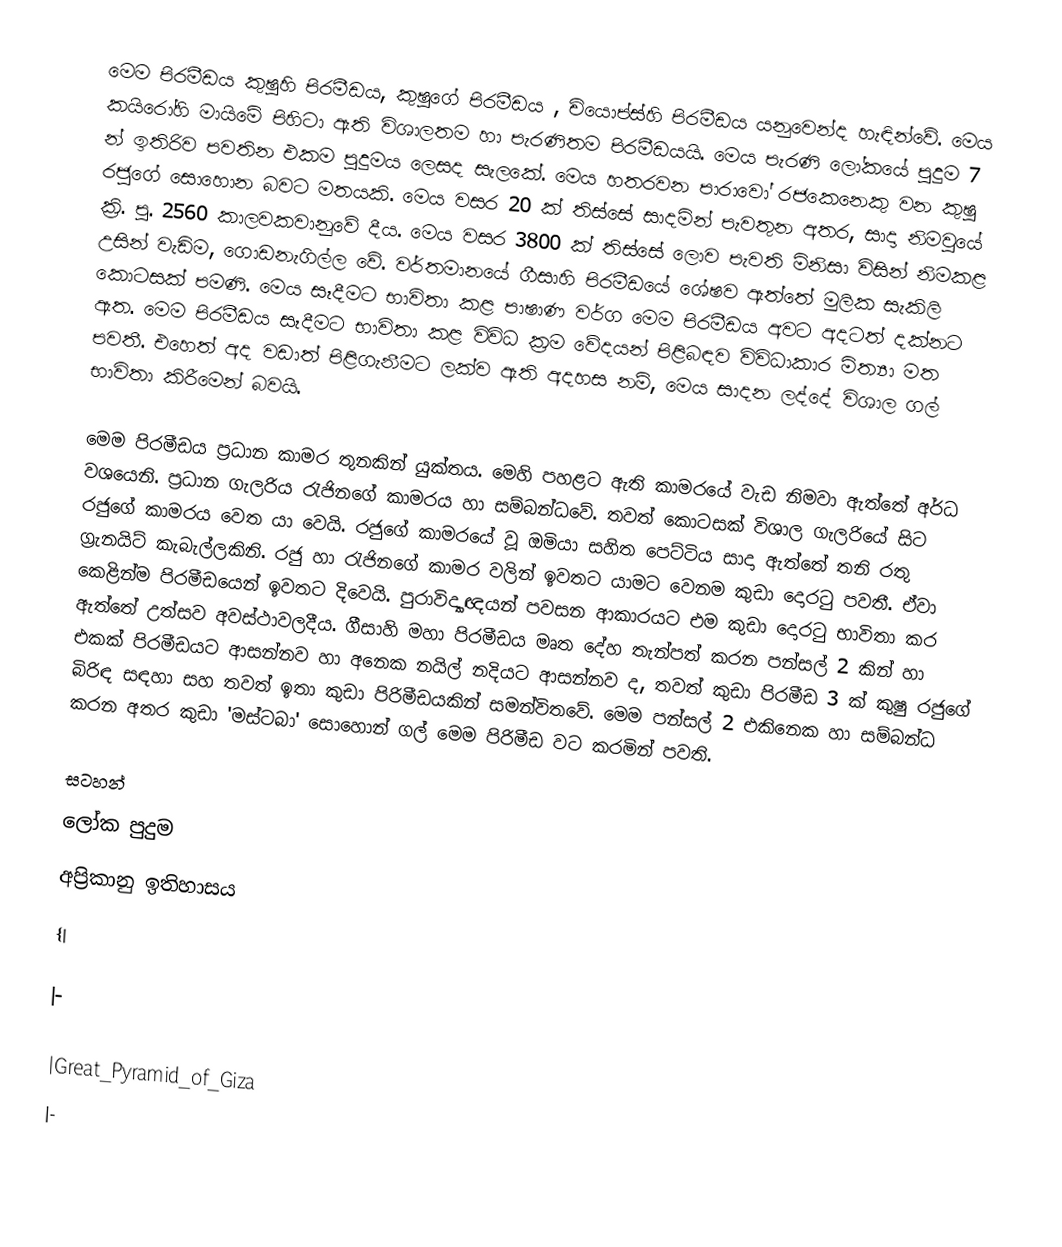
මෙම පිරමීඩය කුෂුහි පිරමීඩය, කුෂුගේ පිරමීඩය , චියොප්ස්හි පිරමීඩය යනුවෙන්ද හැඳින්වේ. මෙය කයිරෝහි මායිමේ පිහිටා ඇති විශාලතම හා පැරණිතම පිරමීඩයයි. මෙය පැරණි ලෝකයේ පුදුම 7 න් ඉතිරිව පවතින එකම පුදුමය ලෙසද සැලකේ. මෙය හතරවන පාරාවෝ රජකෙනෙකු වන කුෂු රජුගේ සොහොන බවට මතයකි. මෙය වසර 20 ක් තිස්සේ සාදමින් පැවතුන අතර, සාදා නිමවුයේ ක්‍රි. පු. 2560 කාලවකවානුවේ දීය. මෙය වසර 3800 ක් තිස්සේ ලොව පැවති මිනිසා විසින් නිමකළ උසින් වැඩිම, ගොඩනැගිල්ල වේ. වර්තමානයේ ගීසාහි පිරමීඩයේ ශේෂව ඇත්තේ මුලික සැකිලි කොටසක් පමණි. මෙය සෑදීමට භාවිතා කළ පාෂාණ වර්ග මෙම පිරමීඩය අවට අදටත් දක්නට ඇත. මෙම පිරමීඩය සෑදීමට භාවිතා කළ විවිධ ක්‍රම වේදයන් පිළිබඳව විවිධාකාර මිත්‍යා මත පවතී.  එහෙත්  අද වඩාත් පිළිගැනීමට ලක්ව ඇති අදහස නම්, මෙය සාදන ලද්දේ විශාල ගල් භාවිතා කිරීමෙන් බවයි.

මෙම පිරමීඩය ප්‍රධාන කාමර තුනකින් යුක්තය. මෙහි පහළට ඇති කාමරයේ වැඩ නිමවා ඇත්තේ අර්ධ වශයෙනි. ප්‍රධාන ගැලරිය රැජිනගේ කාමරය හා සම්බන්ධවේ. තවත් කොටසක් විශාල ගැලරියේ සිට රජුගේ කාමරය වෙත යා වෙයි. රජුගේ කාමරයේ වූ ඔමියා සහිත පෙට්ටිය සාදා ඇත්තේ  තනි රතු ග්‍රැනයිට් කැබැල්ලකිනි. රජු හා රැජිනගේ කාමර වලින් ඉවතට යාමට වෙනම කුඩා දොරටු පවතී. ඒවා කෙළින්ම පිරමී‍ඩයෙන් ඉවතට දිවෙයි. පුරාවිද්‍යාඥයන් පවසන ආකාරයට එම කුඩා දොරටු භාවිතා කර ඇත්තේ උත්සව  අවස්ථාවලදීය. ගීසාහි මහා පිරමීඩය මෘත ‍දේහ  තැන්පත් කරන පන්සල් 2 කින් හා එකක් පිරමීඩයට ආසන්නව හා අනෙක නයිල් නදියට ආසන්නව ද, තවත් කුඩා පිරමීඩ 3 ක් කුෂු රජුගේ බිරිඳ සඳහා සහ තවත් ඉතා කුඩා පිරිමීඩයකින් සමන්විතවේ. මෙම පන්සල් 2 එකිනෙක හා සම්බන්ධ කරන අතර කුඩා 'මස්ටබා' සොහොන් ගල් මෙම පිරිමීඩ වට කරමින් පවති.

සටහන්
ලෝක පුදුම
අප්‍රිකානු ඉතිහාසය
{|

|-

|Great_Pyramid_of_Giza
|-